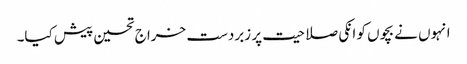
انہوں نے بچوں کو انکی صلاحیت پر زبردست خراج تحسین پیش کیا۔